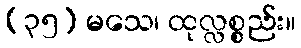
(၃၅) မသေ၊ ထုလ္လစ္စည်း။